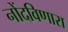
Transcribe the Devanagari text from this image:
नोंदविणारा